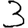
Digit: 3